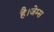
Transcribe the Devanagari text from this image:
है।जेम्स